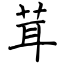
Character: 茸